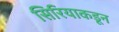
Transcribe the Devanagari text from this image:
सिरियाकडून